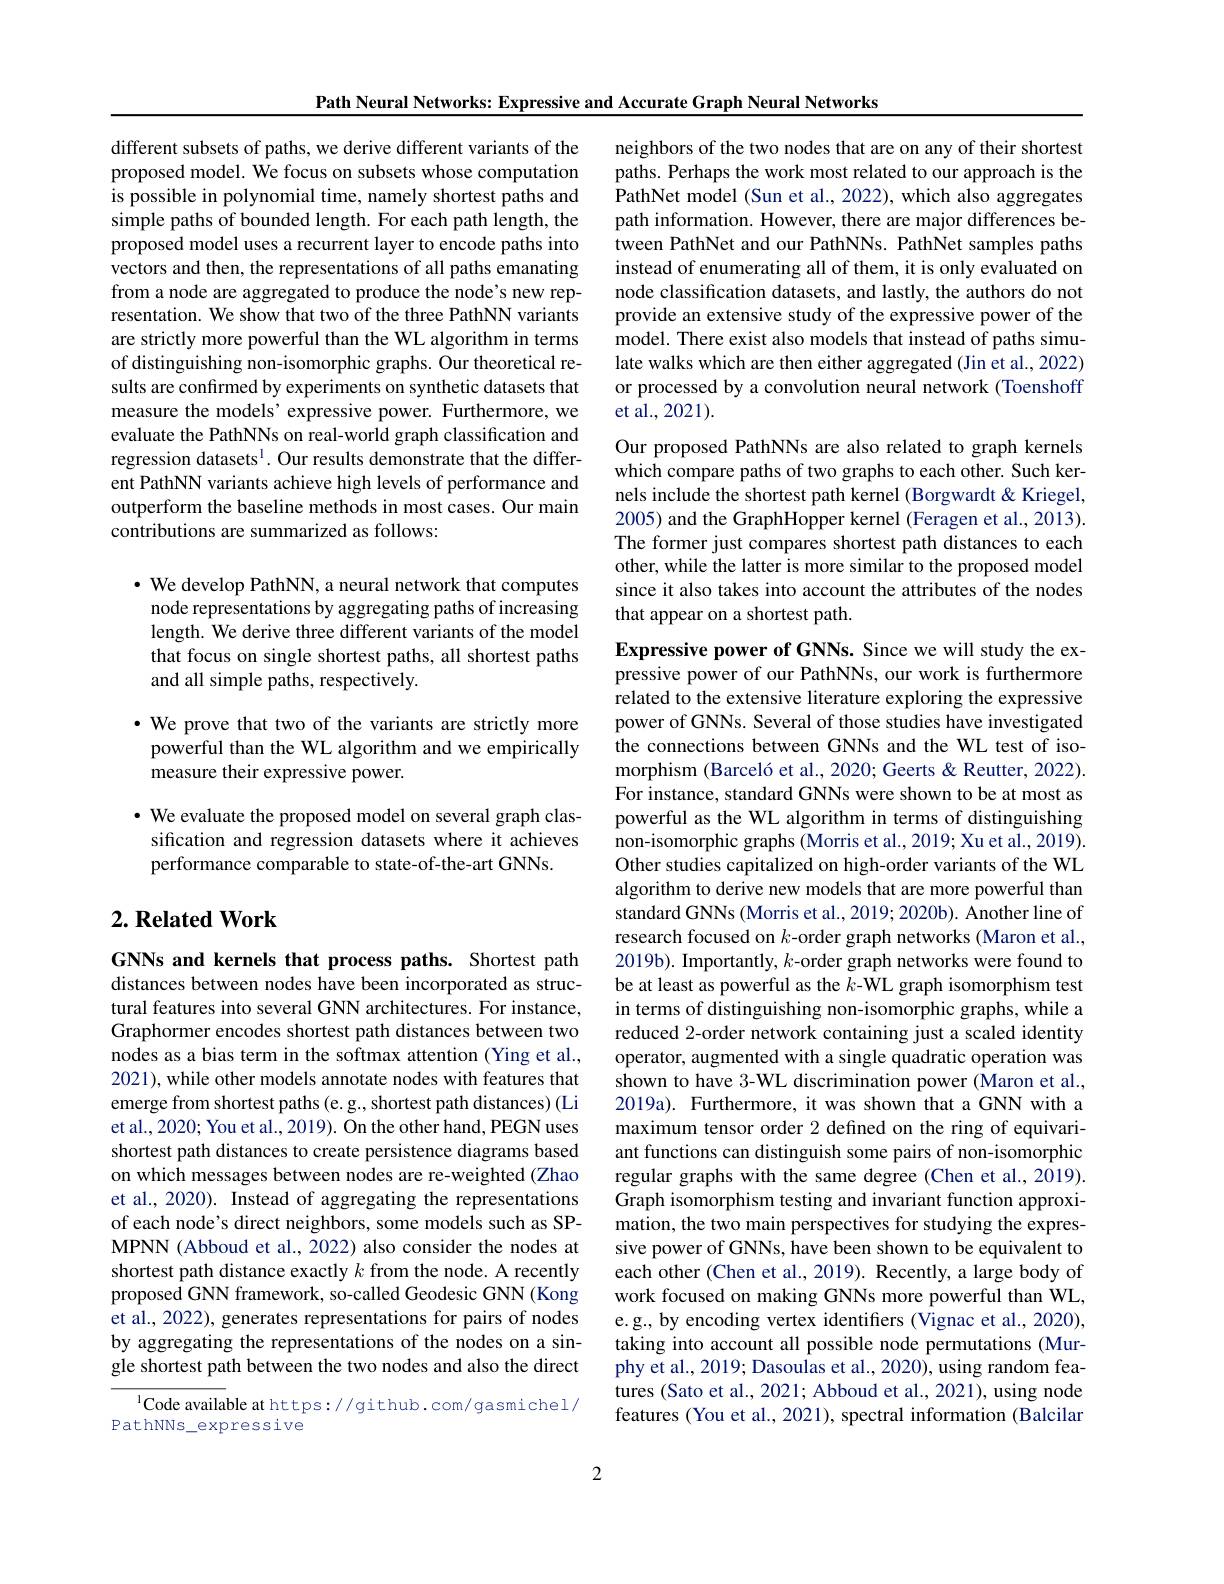
Path Neural Networks: Expressive and Accurate Graph Neural Networks

different subsets of paths, we derive different variants of the proposed model. We focus on subsets whose computation is possible in polynomial time, namely shortest paths and simple paths of bounded length. For each path length, the proposed model uses a recurrent layer to encode paths into vectors and then, the representations of all paths emanating from a node are aggregated to produce the node's new representation. We show that two of the three PathNN variants are strictly more powerful than the WL algorithm in terms of distinguishing non-isomorphic graphs. Our theoretical results are confirmed by experiments on synthetic datasets that measure the models' expressive power. Furthermore, we evaluate the PathNNs on real-world graph classification and regression datasets$^{1}.$ Our results demonstrate that the different PathNN variants achieve high levels of performance and outperform the baseline methods in most cases. Our main contributions are summarized as follows:

$\bullet$ We develop PathNN, a neural network that computes
node representations by aggregating paths of increasing length. We derive three different variants of the model that focus on single shortest paths, all shortest paths and all simple paths, respectively.

$\cdot$ We prove that two of the variants are strictly more powerful than the WL algorithm and we empirically measure their expressive power.

$\cdot$ We evaluate the proposed model on several graph classification and regression datasets where it achieves performance comparable to state-of-the-art GNNs.

## $2. \textbf{Related Work}$

GNNs and kernels that process paths. Shortest path distances between nodes have been incorporated as structural features into several GNN architectures. For instance, Graphormer encodes shortest path distances between two nodes as a bias term in the softmax attention (Ying et al., 2021), while other models annotate nodes with features that emerge from shortest paths (e. g., shortest path distances) (Li et al., 2020; You et al., 2019). On the other hand, PEGN uses shortest path distances to create persistence diagrams based on which messages between nodes are re-weighted (Zhao et al., 2020). Instead of aggregating the representations of each node's direct neighbors, some models such as SPMPNN (Abboud et al., 2022) also consider the nodes at shortest path distance exactly $k$ from the node. A recently proposed GNN framework, so-called Geodesic GNN (Kong et al., 2022), generates representations for pairs of nodes by aggregating the representations of the nodes on a single shortest path between the two nodes and also the direct

$^{1}$Code available at https://github.com/gasmichel/
PathNNs\_expressive

neighbors of the two nodes that are on any of their shortest paths. Perhaps the work most related to our approach is the $\hat{\text{PathNet model(Sun et al.,2022),which also aggregates}}$ path information. However, there are major differences between PathNet and our PathNNs. PathNet samples paths instead of enumerating all of them, it is only evaluated on node classification datasets, and lastly, the authors do not provide an extensive study of the expressive power of the model. There exist also models that instead of paths simulate walks which are then either aggregated (Jin et al., 2022) or processed by a convolution neural network (Toenshoff et al., 2021).

Our proposed PathNNs are also related to graph kernels which compare paths of two graphs to each other. Such kernels include the shortest path kernel (Borgwardt &Kriegel, 2005) and the GraphHopper kernel (Feragen et al., 2013). The former just compares shortest path distances to each other, while the latter is more similar to the proposed model since it also takes into account the attributes of the nodes that appear on a shortest path.

Expressive power of GNNs. Since we will study the expressive power of our PathNNs, our work is furthermore related to the extensive literature exploring the expressive power of GNNs. Several of those studies have investigated the connections between GNNs and the WL test of isomorphism (Barceló et al., 2020; Geerts & Reutter, 2022). For instance, standard GNNs were shown to be at most as powerful as the WL algorithm in terms of distinguishing non-isomorphic graphs (Morris et al., 2019; Xu et al., 2019). Other studies capitalized on high-order variants of the WL algorithm to derive new models that are more powerful than standard GNNs (Morris et al., 2019; 2020b). Another line of research focused on $k$-order graph networks (Maron et al., 2019b). Importantly, $k$-order graph networks were found to be at least as powerful as the $k$-WL graph isomorphism test in terms of distinguishing non-isomorphic graphs, while a reduced 2-order network containing just a scaled identity operator, augmented with a single quadratic operation was shown to have 3-WL discrimination power (Maron et al., 2019a). Furthermore, it was shown that a GNN with a maximum tensor order 2 defined on the ring of equivariant functions can distinguish some pairs of non-isomorphic regular graphs with the same degree (Chen et al., 2019). Graph isomorphism testing and invariant function approximation, the two main perspectives for studying the expressive power of GNNs, have been shown to be equivalent to each other (Chen et al., 2019). Recently, a large body of work focused on making GNNs more powerful than WL, e.g., by encoding vertex identifiers (Vignac et al., 2020), taking into account all possible node permutations (Murphy et al., 2019; Dasoulas et al., 2020), using random features (Sato et al., 2021; Abboud et al., 2021), using node features (You et al., 2021), spectral information (Balcilar

2